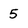
Character: 5